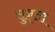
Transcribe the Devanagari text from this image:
सुनृता